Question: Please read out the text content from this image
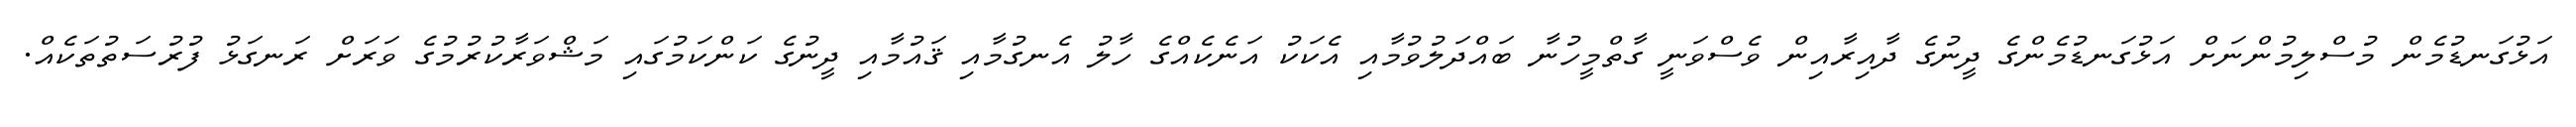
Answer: އަޅުގަނޑުމެން މުސްލިމުންނަށް އަޅުގަނޑުމެންގެ ދީނުގެ ދާއިރާއިން ވެސްވަނީ ގާތްމީހުނާ ބައްދަލުވުމާއި އެކަކު އަނެކެއްގެ ހާލު އެނގުމާއި ޤައުމާއި ދީނުގެ ކަންކަމުގައި މަޝްވަރާކުރުމުގެ ވަރަށް ރަނގަޅު ފުރުސަތުތަކެއް.